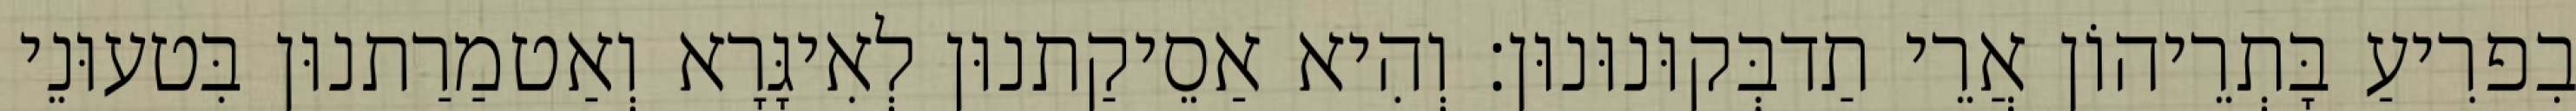
בִפרִיעַ בָּתְרֵיהוֹן אֲרֵי תַדבְּקוּנוּנוּן׃ וְהִיא אַסֵיקַתנוּן לְאִיגָּרָא וְאַטמַרַתנוּן בִּטעוּנֵי